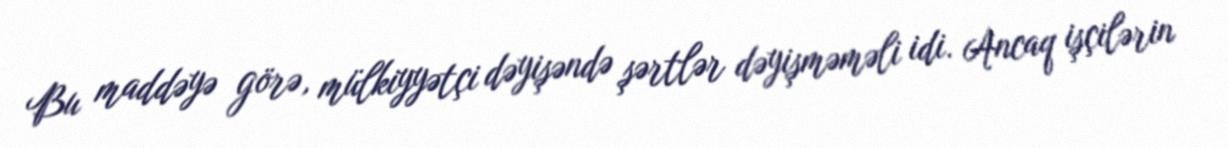
Bu maddəyə görə, mülkiyyətçi dəyişəndə şərtlər dəyişməməli idi. Ancaq işçilərin